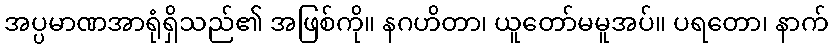
အပ္ပမာဏအာရုံရှိသည်၏ အဖြစ်ကို။ နဂဟိတာ၊ ယူတော်မမူအပ်။ ပရတော၊ နာက်